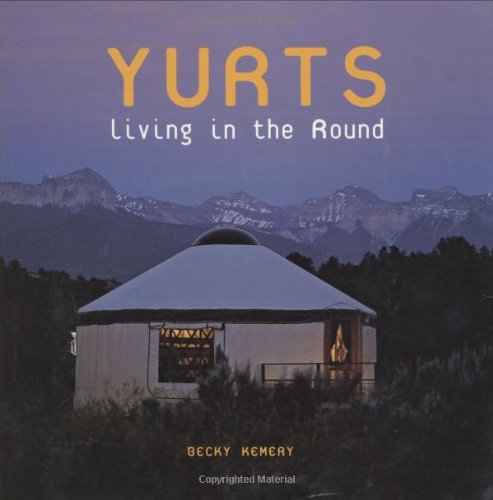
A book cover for Yurts: Living in the Round; Becky Kemery; Crafts, Hobbies & Home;